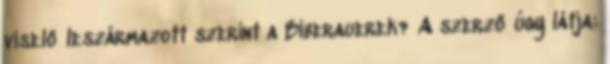
viselő leszármazott szerint a Biberauerek? A szerző úgy látja: